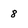
Character: 8